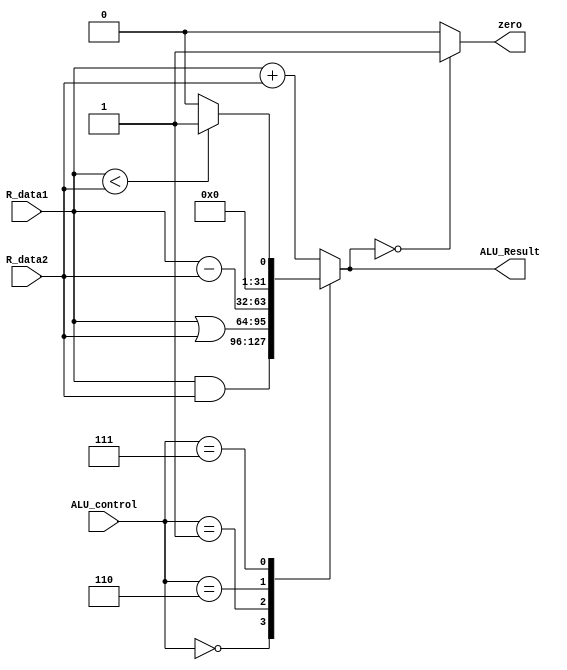
module ALU(R_data1,R_data2,ALU_control,ALU_Result,zero);
parameter 
add=3'b010,
And_op=3'b000,
Or_op=3'b001,
sub=3'b110,
slt=3'b111;
input[31:0]R_data1,R_data2; //2 source operands rs ,rt
input[2:0]ALU_control; 
output reg[31:0]ALU_Result;
output  zero;
always@(*)
begin
case(ALU_control)
 And_op: ALU_Result = R_data1 & R_data2; // and operation of R_data1 and R_data2
 Or_op: ALU_Result = R_data1 | R_data2; // or operation of R_data1 and R_data2
 add: ALU_Result = R_data1 + R_data2; //addition of R_data1 and R_data2
 sub: ALU_Result = R_data1 - R_data2;  //subtraction of R_data1 and R_data2
 slt: begin
if(R_data1<R_data2) //if the first source operands(rs) less than the second source operands(rt)
ALU_Result<=32'd1;
else 
ALU_Result=32'd0;
end	  
default:  ALU_Result=R_data1 + R_data2;
endcase
end
assign zero =(ALU_Result==0)?1:0;
endmodule